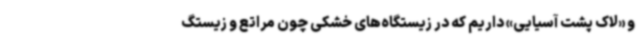
و «لاک پشت آسیایی» داریم که در زیستگاه‌های خشکی چون مراتع و زیستگ